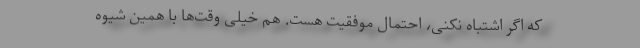
که اگر اشتباه نکنی، احتمال موفقیت هست. هم خیلی وقت‌ها با همین شیوه